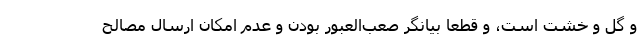
و گل و خشت است، و قطعا بیانگر صعب‌العبور بودن و عدم امکان ارسال مصالح